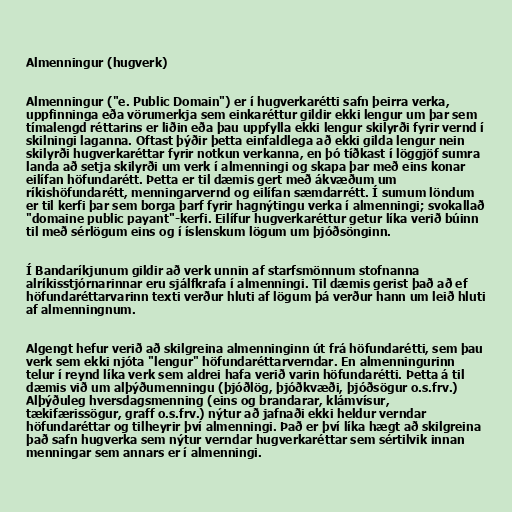
Almenningur (hugverk)

Almenningur ("e. Public Domain") er í hugverkarétti safn þeirra verka,
uppfinninga eða vörumerkja sem einkaréttur gildir ekki lengur um þar sem
tímalengd réttarins er liðin eða þau uppfylla ekki lengur skilyrði fyrir vernd í
skilningi laganna. Oftast þýðir þetta einfaldlega að ekki gilda lengur nein
skilyrði hugverkaréttar fyrir notkun verkanna, en þó tíðkast í löggjöf sumra
landa að setja skilyrði um verk í almenningi og skapa þar með eins konar
eilífan höfundarétt. Þetta er til dæmis gert með ákvæðum um
ríkishöfundarétt, menningarvernd og eilífan sæmdarrétt. Í sumum löndum
er til kerfi þar sem borga þarf fyrir hagnýtingu verka í almenningi; svokallað
"domaine public payant"-kerfi. Eilífur hugverkaréttur getur líka verið búinn
til með sérlögum eins og í íslenskum lögum um þjóðsönginn.

Í Bandaríkjunum gildir að verk unnin af starfsmönnum stofnanna
alríkisstjórnarinnar eru sjálfkrafa í almenningi. Til dæmis gerist það að ef
höfundaréttarvarinn texti verður hluti af lögum þá verður hann um leið hluti
af almenningnum.

Algengt hefur verið að skilgreina almenninginn út frá höfundarétti, sem þau
verk sem ekki njóta "lengur" höfundaréttarverndar. En almenningurinn
telur í reynd líka verk sem aldrei hafa verið varin höfundarétti. Þetta á til
dæmis við um alþýðumenningu (þjóðlög, þjóðkvæði, þjóðsögur o.s.frv.)
Alþýðuleg hversdagsmenning (eins og brandarar, klámvísur,
tækifærissögur, graff o.s.frv.) nýtur að jafnaði ekki heldur verndar
höfundaréttar og tilheyrir því almenningi. Það er því líka hægt að skilgreina
það safn hugverka sem nýtur verndar hugverkaréttar sem sértilvik innan
menningar sem annars er í almenningi.